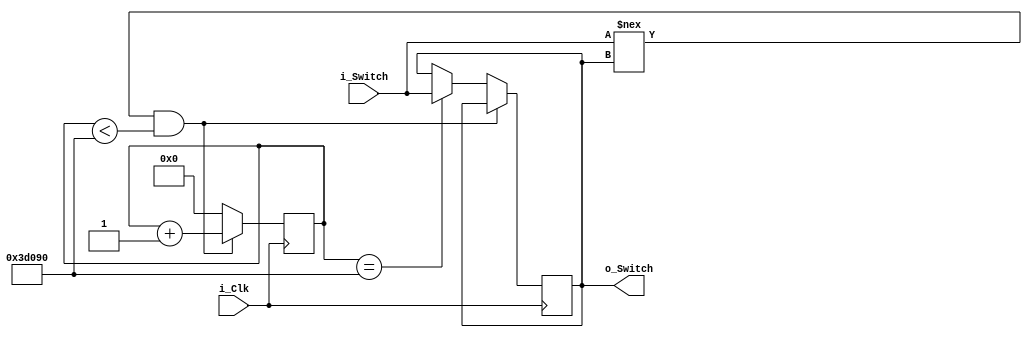
module Debounce_Switch (
	input i_Clk,
	input i_Switch,
	output o_Switch);

	parameter k_DEBOUNCE_LIMIT = 250000;		// 10ms @ 25Mhz

	reg r_State = 1'b0;
	reg [17:0] r_Count = 0;

	always @(posedge i_Clk) 
	begin
		if (i_Switch !== r_State && r_Count < k_DEBOUNCE_LIMIT)
		begin
			r_Count <= r_Count + 1;		// COUNTER!
		end
		else if (r_Count == k_DEBOUNCE_LIMIT)
		begin
			r_Count <= 0;
			r_State <= i_Switch;
		end
		else begin
			r_Count <= 0;
		end
	end

	assign o_Switch = r_State;

endmodule